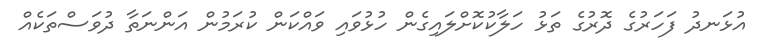
އުޅަނދު ފަހަރުގެ ދޮރުގެ ތަޅު ހަލާކުކޮށްލައިގެން ހުޅުވައި ވައްކަން ކުރަމުން އަންނަތާ ދުވަސްތަކެއް